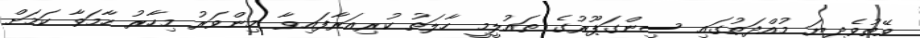
ވޭތުވެދިޔަ މުއްދަތުގައި ސިންގަޕޫރުގެ ތައުލީމީ ހާލަތު ކުރިއަރާފައިވާ މިންވަރު މިހާރު ހާމަވާ ކަމަށް